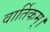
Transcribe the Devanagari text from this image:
वार्तिकम्।